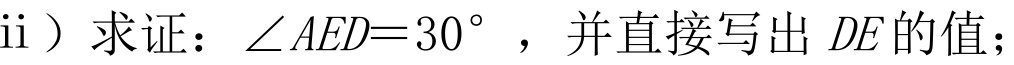
ii）求证：\(\angle AED = 30^{\circ}\)，并直接写出\(DE\)的值；